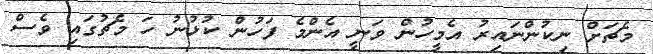
މެޗަށް ނިކުންނައިރު އެމީހުން ވަނީ އެންމެ ފަހުން ކުޅުނު ހަ މެޗުގައި ވެސް